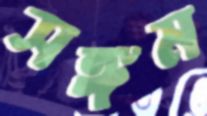
সঙ্গম